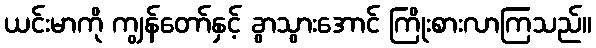
ယင်းမာကို ကျွန်တော်နှင့် ခွာသွားအောင် ကြိုးစားလာကြသည်။